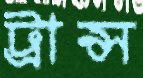
ট্রান্স